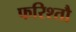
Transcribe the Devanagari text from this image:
फरिश्तौ